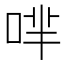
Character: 𠴟